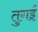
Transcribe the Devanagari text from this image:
तुगई